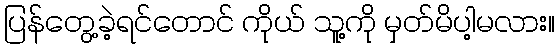
ပြန်တွေ့ခဲ့ရင်တောင် ကိုယ် သူ့ကို မှတ်မိပါ့မလား။